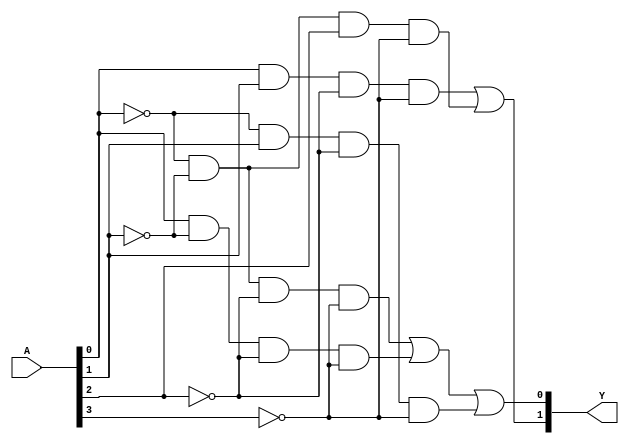
module jewel_pal (
    input  wire [n-1:0] A, // n input lines
    output wire [m-1:0] Y  // m output lines
);

// Parameter definitions
parameter n = 4; // Number of inputs (e.g., A1, A2, A3, A4)
parameter m = 2; // Number of outputs (e.g., Y1, Y2)
parameter num_product_terms = 8; // Number of programmable AND gates

// Internal signals for the AND array
wire [num_product_terms-1:0] and_outputs;

// Define the programmable AND array
generate
    genvar i;
    for (i = 0; i < num_product_terms; i = i + 1) begin: and_array
        // Each AND gate can be programmed according to the desired logic
        // For demonstration, we assume some fixed connections
        // In a real design, these would be programmable via fuses or antifuses
        assign and_outputs[i] = 
            (i[0] ? A[0] : ~A[0]) &
            (i[1] ? A[1] : ~A[1]) &
            (i[2] ? A[2] : ~A[2]) &
            (i[3] ? A[3] : ~A[3]);
    end
endgenerate

// Define the fixed OR array
assign Y[0] = and_outputs[0] | and_outputs[1] | and_outputs[2]; // Output Y1
assign Y[1] = and_outputs[3] | and_outputs[4]; // Output Y2

endmodule